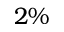
2 \%